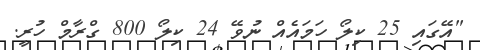
"އޭގައި 25 ކިލޯ ހަމައެއް ނުވޭ 24 ކިލޯ 800 ގްރާމް ހުރީ.